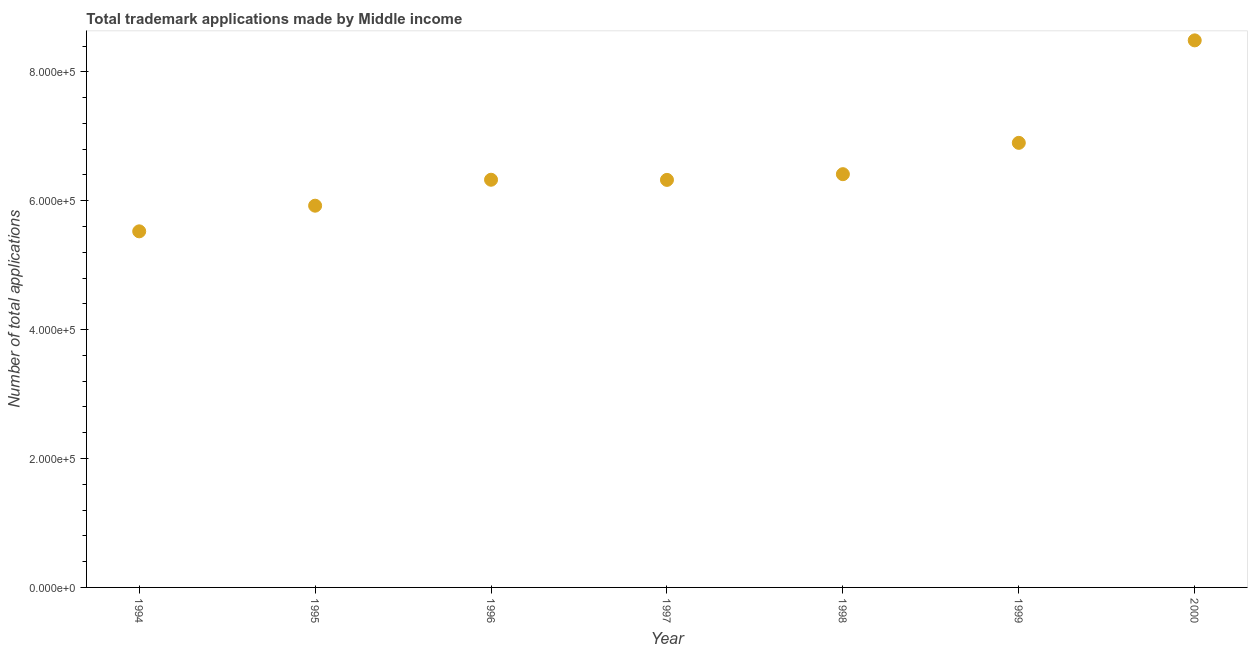
| Year | Trademark applications |
 | --- | --- |
 | 1994 | 5.52e+05 |
 | 1995 | 5.92e+05 |
 | 1996 | 6.33e+05 |
 | 1997 | 6.32e+05 |
 | 1998 | 6.41e+05 |
 | 1999 | 6.9e+05 |
 | 2000 | 8.49e+05 |